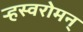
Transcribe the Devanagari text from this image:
र्‍हस्वरोमन्